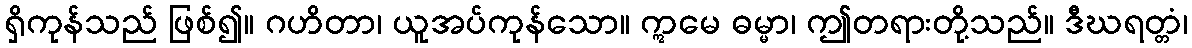
ရှိကုန်သည် ဖြစ်၍။ ဂဟိတာ၊ ယူအပ်ကုန်သော။ ဣမေ ဓမ္မာ၊ ဤတရားတို့သည်။ ဒီဃရတ္တံ၊